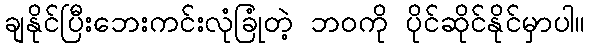
ချနိုင်ပြီးဘေးကင်းလုံခြုံတဲ့ ဘဝကို ပိုင်ဆိုင်နိုင်မှာပါ။